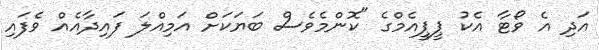
އަދި އެ ވޯޓާ އެކު ޕީޕީއެމްގެ "ކޮންމެވެސް ބަޔަކަށް އަމިއްލަ ފައިދާއެއް ވެފައި